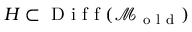
H \subset \mathrm { ~ D ~ i ~ f ~ f ~ } ( \mathcal { M } _ { \mathrm { ~ o ~ l ~ d ~ } } )